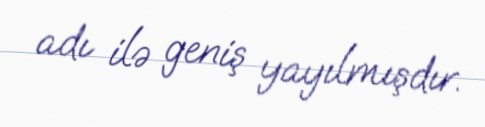
adı ilə geniş yayılmışdır.